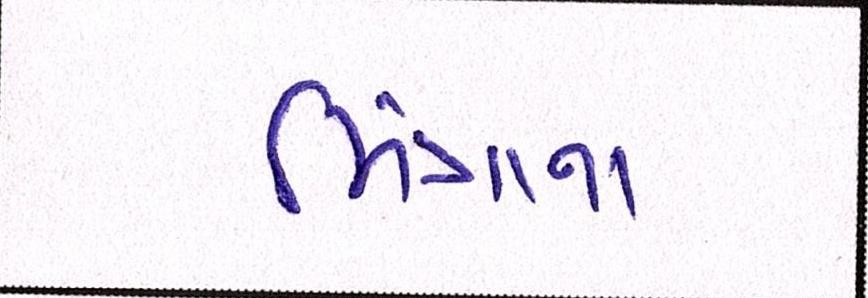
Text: મિંત્રાના